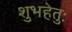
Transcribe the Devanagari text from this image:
शुभहेतुः